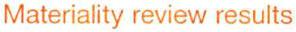
Materiality review results